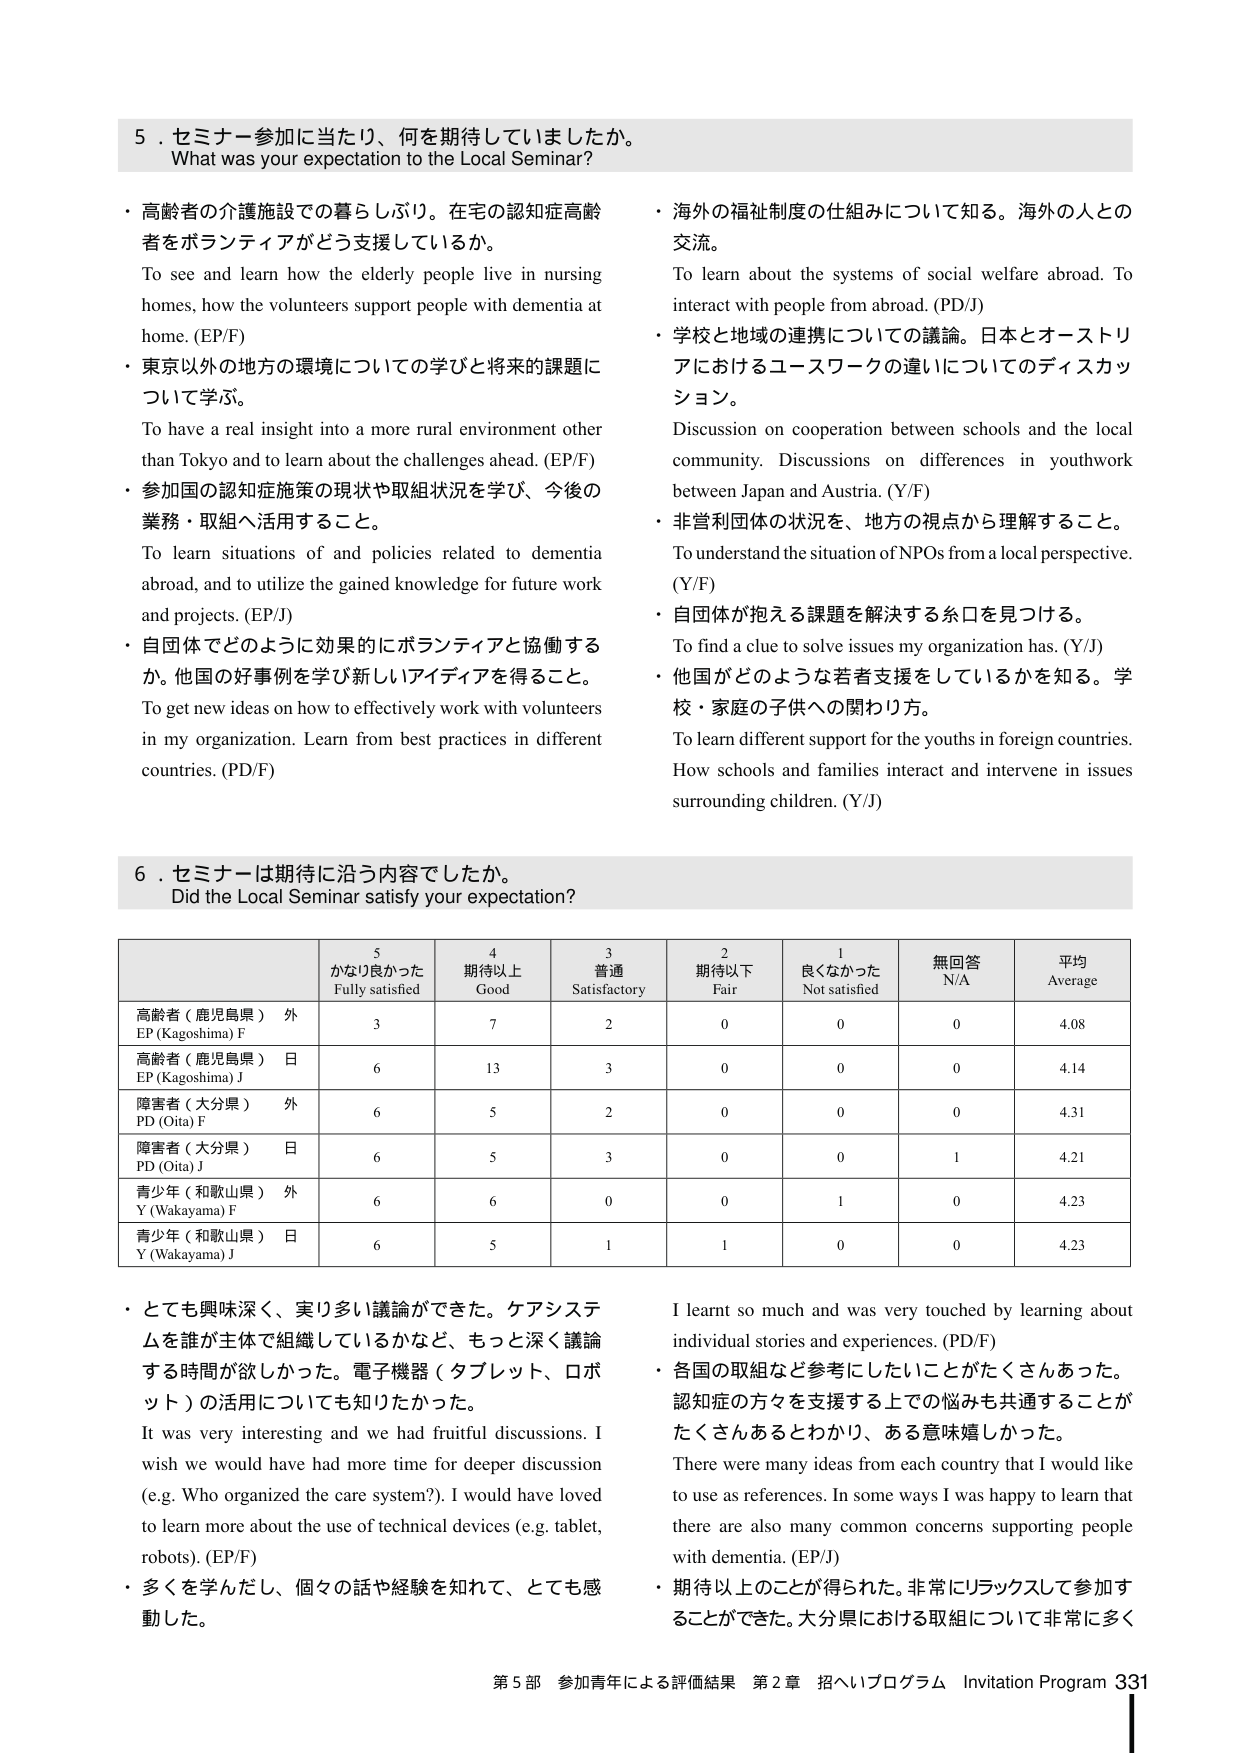
5．セミナー参加に当たり、何を期待していましたか。
What was your expectation to the Local Seminar?

・高齢者の介護施設での暮らしぶり。在宅の認知症高齢者をボランティアがどう支援しているか。
To see and learn how the elderly people live in nursing homes, how the volunteers support people with dementia at home. (EP/F)

・東京以外の地方の環境についての学びと将来の課題について学ぶ。
To have a real insight into a more rural environment other than Tokyo and to learn about the challenges ahead. (EP/F)

・参加国の認知症施策の現状や取組状況を学び、今後の業務・取組へ活用すること。
To learn situations of and policies related to dementia abroad, and to utilize the gained knowledge for future work and projects. (EP/J)

・自団体でどのように効果的にボランティアと協働するか。他国の好事例を学び新しいアイディアを得ること。
To get new ideas on how to effectively work with volunteers in my organization. Learn from best practices in different countries. (PD/F)

・海外の福祉制度の仕組みについて知る。海外の人との交流。
To learn about the systems of social welfare abroad. To interact with people from abroad. (PD/J)

・学校と地域の連携についての議論。日本とオーストリアにおけるユースワークの違いについてのディスカッション。
Discussion on cooperation between schools and the local community. Discussions on differences in youthwork between Japan and Austria. (Y/F)

・非営利団体の状況を、地方の視点から理解すること。
To understand the situation of NPOs from a local perspective. (Y/F)

・自団体が抱える課題を解決する糸口を見つける。
To find a clue to solve issues my organization has. (Y/J)

・他国がどのような若者支援をしているかを知る。学校・家庭の子供への関わり方。
To learn different support for the youths in foreign countries. How schools and families interact and intervene in issues surrounding children. (Y/J)

6．セミナーは期待に沿う内容でしたか。
Did the Local Seminar satisfy your expectation?

| | 5 かなり良かった Fully satisfied | 4 期待以上 Good | 3 普通 Satisfactory | 2 期待以下 Fair | 1 良くなかった Not satisfied | 無回答 N/A | 平均 Average |
|---|---|---|---|---|---|---|---|
| 高齢者（鹿児島県）外 EP (Kagoshima) F | 3 | 7 | 2 | 0 | 0 | 0 | 4.08 |
| 高齢者（鹿児島県）日 EP (Kagoshima) J | 6 | 13 | 3 | 0 | 0 | 0 | 4.14 |
| 障害者（大分県）外 PD (Oita) F | 6 | 5 | 2 | 0 | 0 | 0 | 4.31 |
| 障害者（大分県）日 PD (Oita) J | 6 | 5 | 3 | 0 | 0 | 1 | 4.21 |
| 青少年（和歌山県）外 Y (Wakayama) F | 6 | 6 | 0 | 0 | 1 | 0 | 4.23 |
| 青少年（和歌山県）日 Y (Wakayama) J | 6 | 5 | 1 | 1 | 0 | 0 | 4.23 |

・とても興味深く、実り多い議論ができた。ケアシステムを誰が主体で組織しているのかなど、もっと深く議論する時間が欲しかった。電子機器（タブレット、ロボット）の活用についても知りたかった。
It was very interesting and we had fruitful discussions. I wish we would have had more time for deeper discussion (e.g. Who organized the care system?). I would have loved to learn more about the use of technical devices (e.g. tablet, robots). (EP/F)

・多くを学んだし、個々の話や経験を知れて、とても感動した。
I learnt so much and was very touched by learning about individual stories and experiences. (PD/F)

・各国の取組など参考にしたいことがたくさんあった。認知症の方々を支援する上でどの悩みも共通することがたくさんあるとわかり、ある意味嬉しかった。
There were many ideas from each country that I would like to use as references. In some ways I was happy to learn that there are also many common concerns supporting people with dementia. (EP/J)

・期待以上のこと得られた。非常にリラックスして参加することができた。大分県における取組について非常に多く

第5部 参加青年による評価結果 第2章 招へいプログラム Invitation Program 331